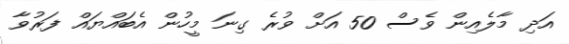
އަދި މާލެއިން ވެސް 50 އަށް ވުރެ ގިނަ މީހުން އެބައްޔައް ފަރުވާ